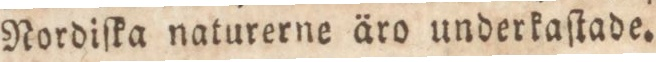
Nordiſta naturerne äro underkaſtade.